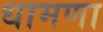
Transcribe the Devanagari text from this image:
धामणा